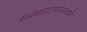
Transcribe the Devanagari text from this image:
सर्वसंप्रदायसमन्वयी